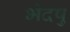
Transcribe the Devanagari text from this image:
भेदषु